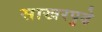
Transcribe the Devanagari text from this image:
साखरपुढे